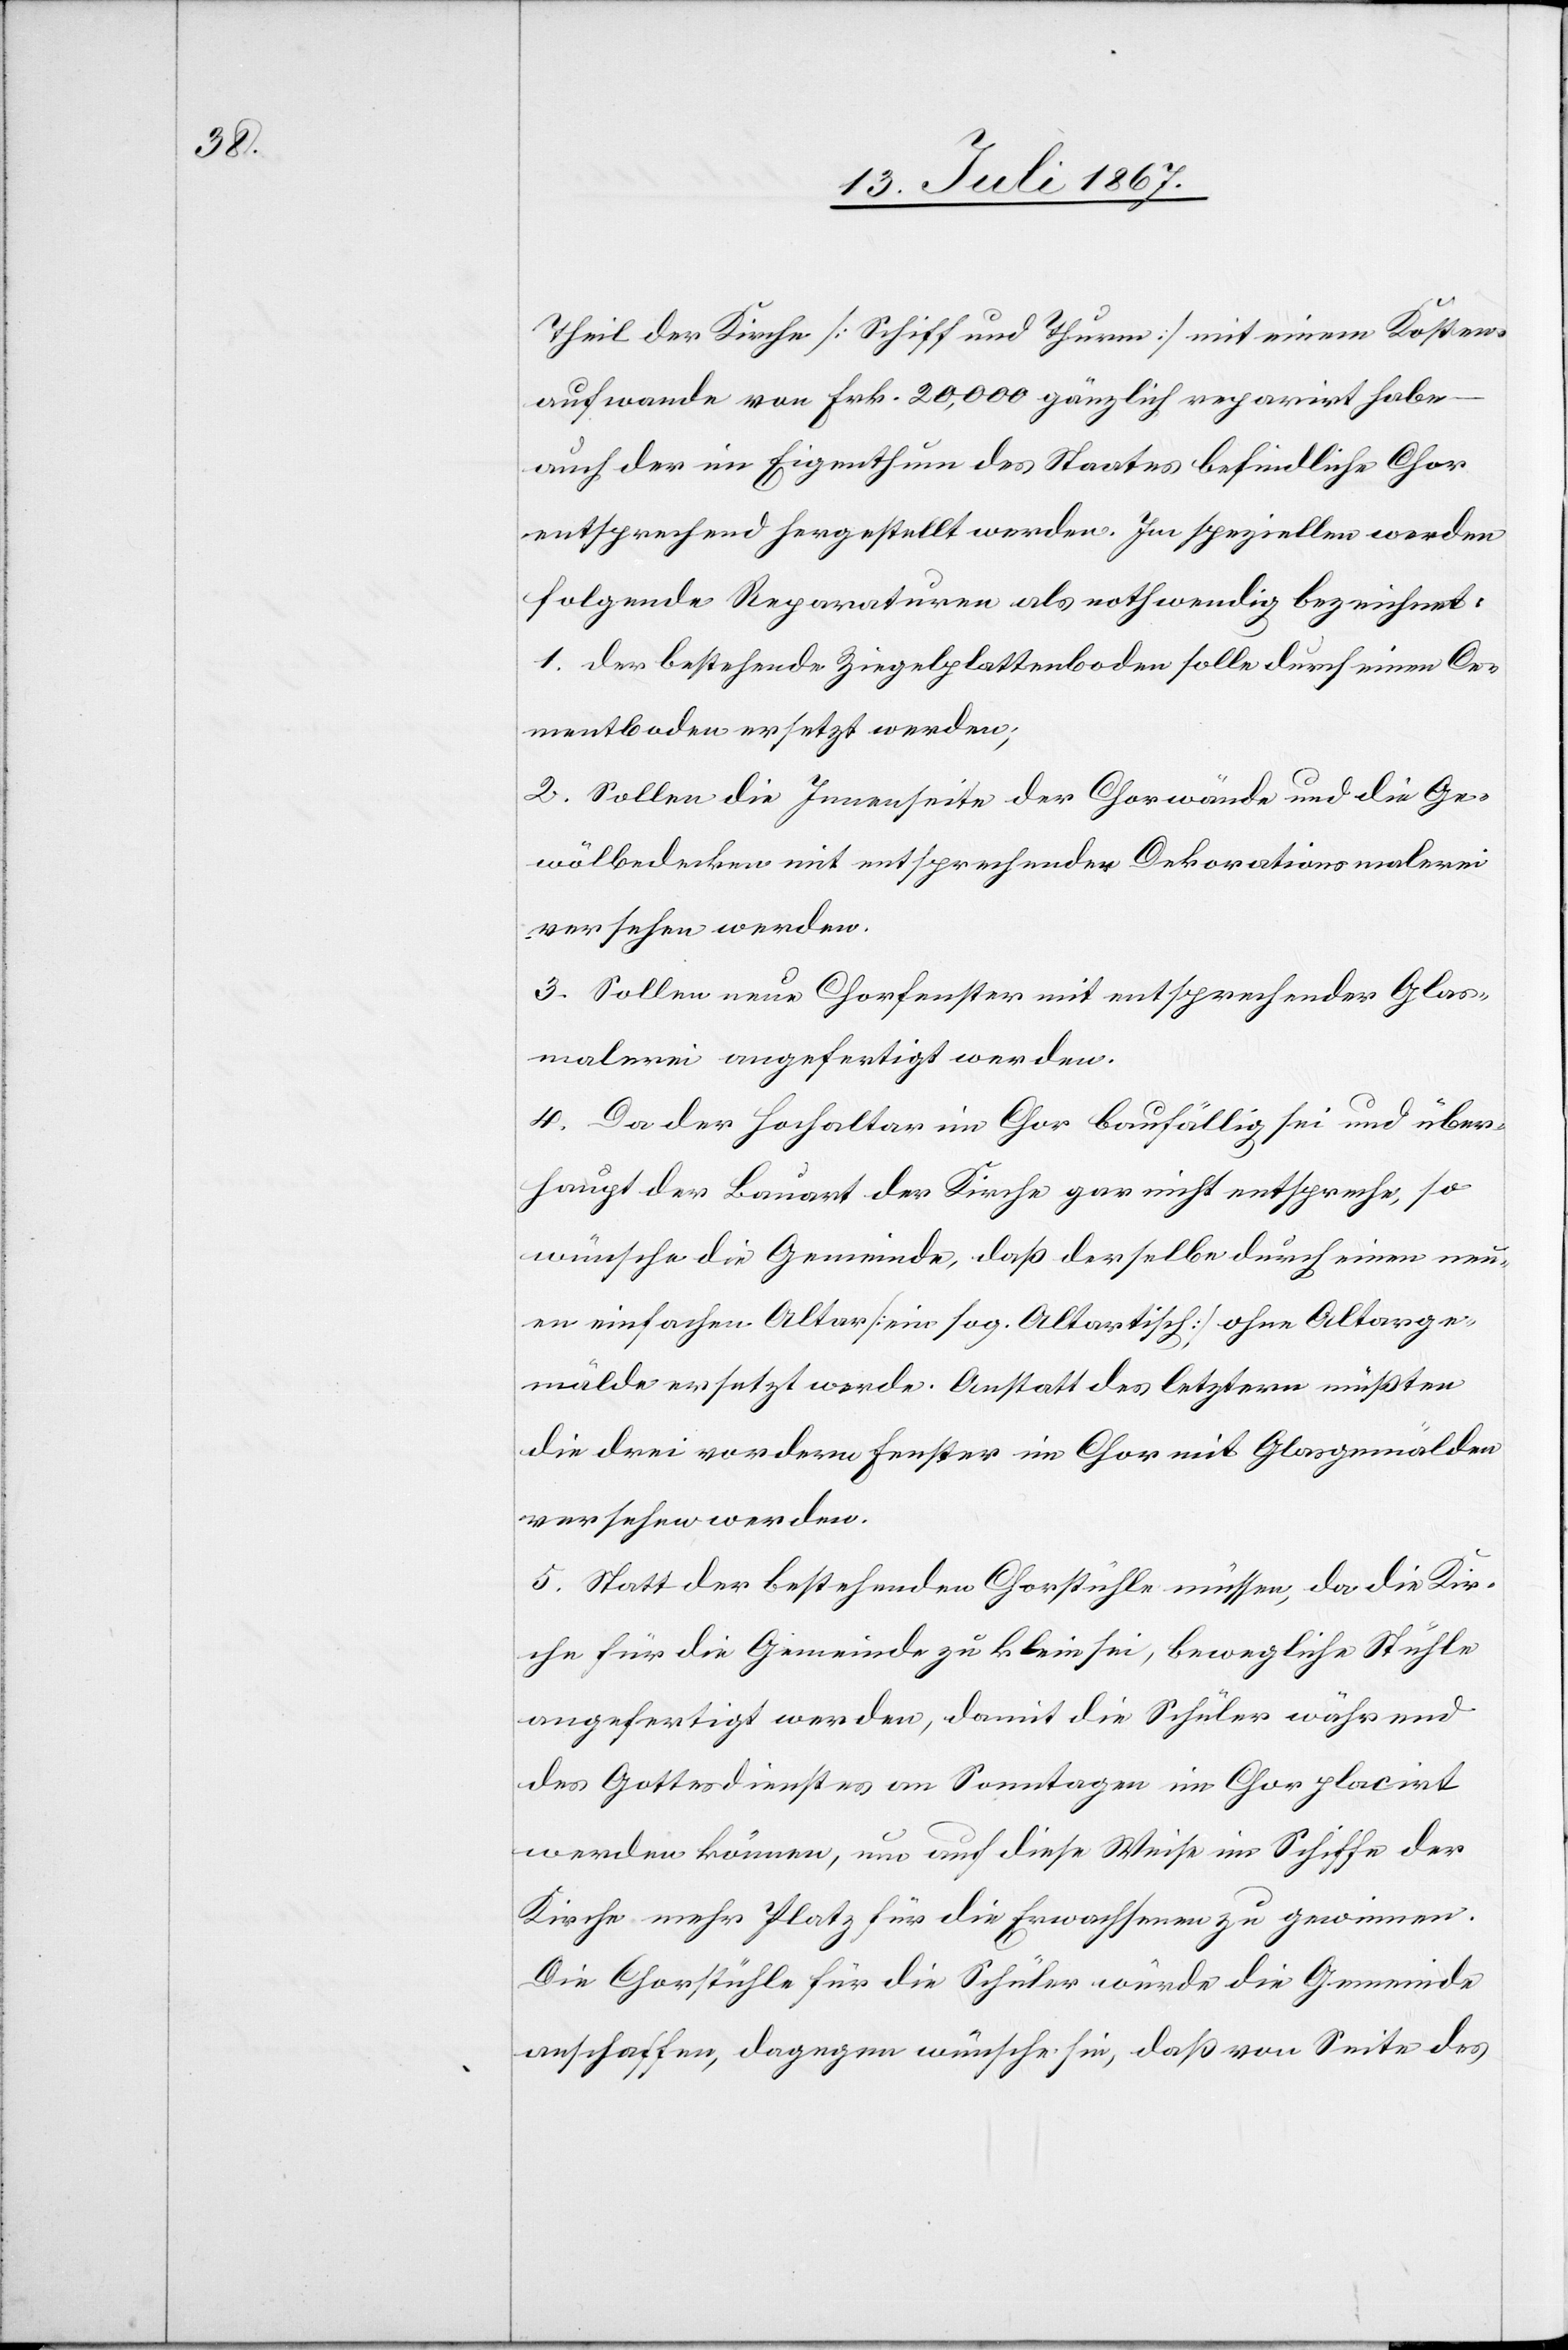
Theil der Kirche [Schiff und Thurm] mit einem Kosten¬
aufwande von Frk. 20 000 gänzlich reparirt habe
auch der im Eigenthum des Staates befindliche Chor
entsprechend hergestellt werden. Im speziellen werden
folgende Reparaturen als nothwendig bezeichnet:
1. der bestehende Ziegelplattenboden solle durch einen Ce¬
mentboden ersetzt werden;
2. Sollen die Innenseite der Chorwände und die Ge¬
wölbedecken mit entsprechender Dekorationsmalerei
versehen werden.
3. Sollen neue Chorfenster mit entsprechender Glas¬
malerei angefertigt werden.
4. Da der Hochaltar im Chor baufällig sei und über¬
haupt der Bauart der Kirch gar nicht entspreche, so
wünsche die Gemeinde, daß derselbe durch einen neu¬
en einfachen Altar [ein sog. Altartisch] ohne Altarge¬
mälde ersetzt werde. Anstatt des letztern müßten
die drei vordern Fenster im Chor mit Glasgemälden
versehen werden.
5. Statt der bestehenden Chorstühle, da die Kir¬
che für die Gemeinde zu klein sei, bewegliche Stühle
angefertigt werden, damit die Schüler während
des Gottesdienstes an Sonntagen im Chor placirt
werden können, um auf diese Weise im Schiffe der
Kirche mehr Platz für die Erwachsenen zu gewinnen.
Die Chorstühle für die Schüler würde die Gemeinde
anschaffen, dagegen wünsche sie, daß von Seite des